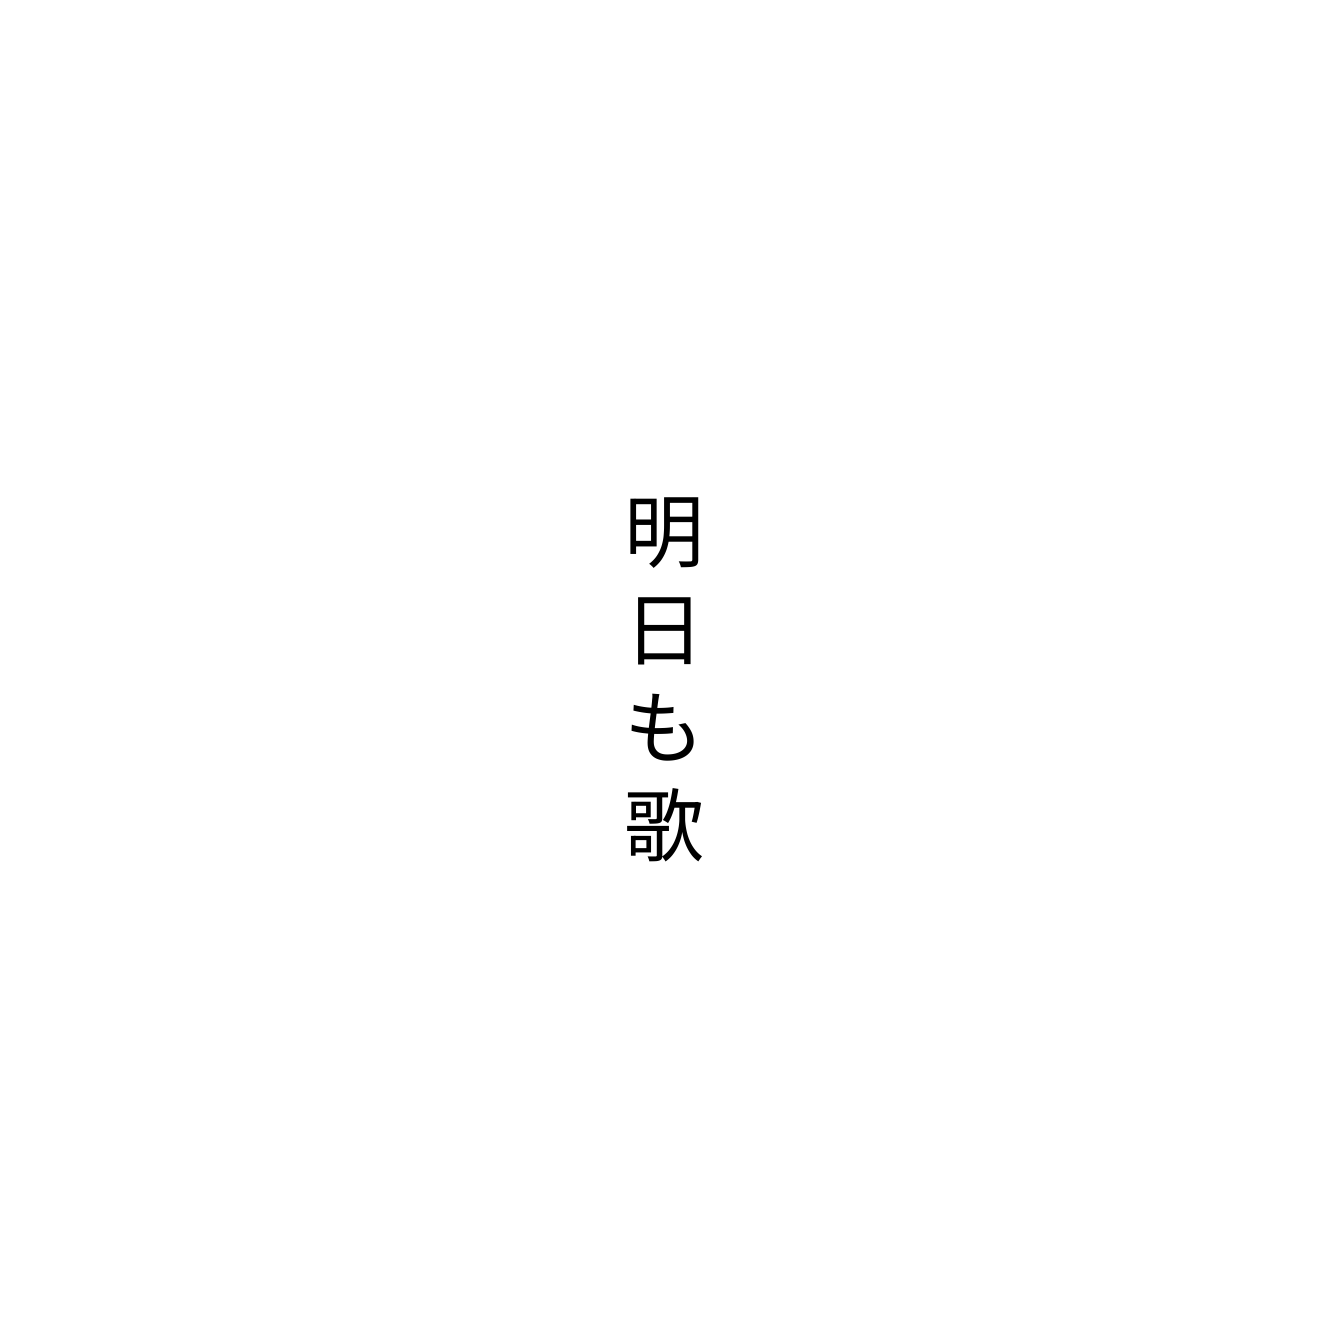
明日も歌